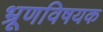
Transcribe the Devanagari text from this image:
भ्रूणविषयक